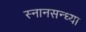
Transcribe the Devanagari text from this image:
स्नानसन्ध्या